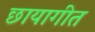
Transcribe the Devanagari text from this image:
छायागीत